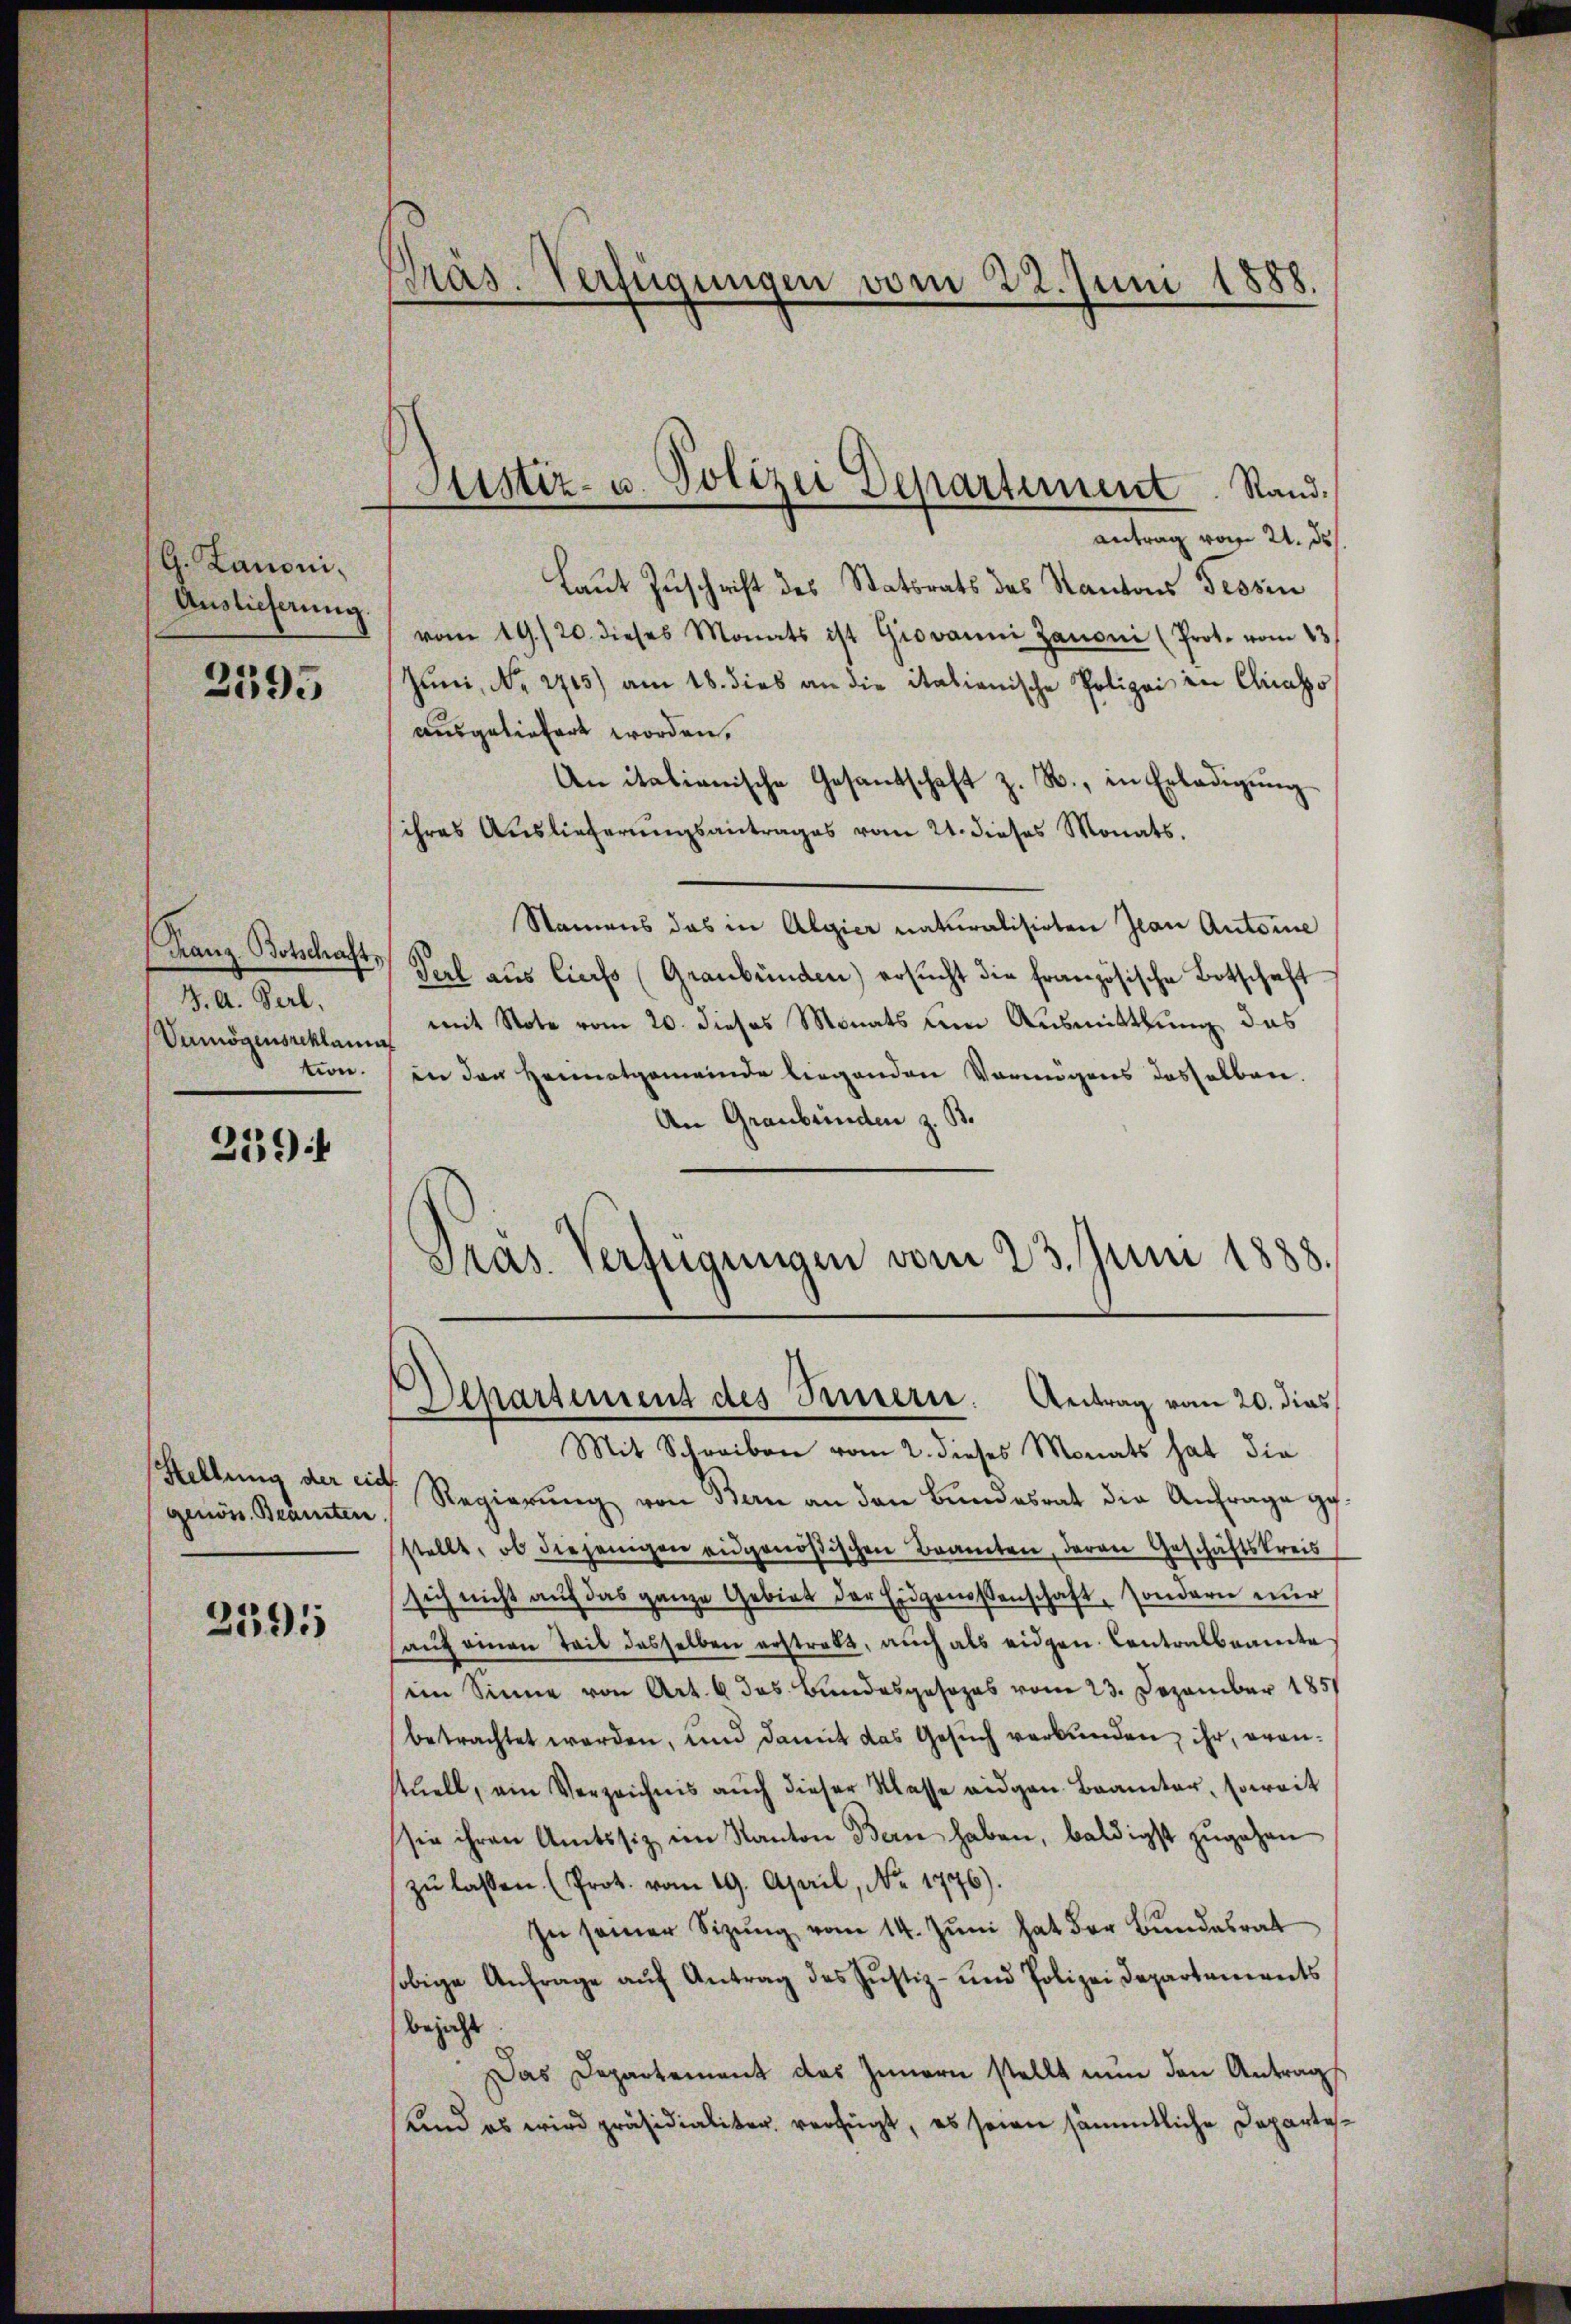
G. Lanoni¬
Auslieferung.

2595

Franz Botschaft,
J. A. Gerl.
Vumögensreklama
tion.

259 f

Stellung der eid
genöss. Beamten

2395

Präs. Verfügungen vom 22. Juni 1888.
e

Astiz- u. Polizei Departement. Rand.

antrag vom 21. d.
laut Zuschrift des Statsrats des Kantons Tessin
vom 19./20. dieses Monats ist Giovanni Zanoni (Prot. vom 13.
Juni, Nr. 2705) am 18. dies an die italienische Polizei in Chiasso
ausgeliefert worden.
An italienische Gesandschaft z. B., in Erledigŭng
ihres Auslieferungsantrages vom 24. dieses Monats.
Stainens das in Algier naturalisirten Jean Autorie
Perl aus liess (Graubünden) ersŭcht die französische Botschaft
mit Note vom 20. dieses Monats um Ausmittlung das
in den Heimatgemeinde liegenden Vermögens dasselben.
An Graubünden z. B.
Departement des Triern. Antrag vom 20. dies
Mit Schreiben vom 2. dieses Monats hat die
Regierŭng von Bern an den Bŭndesrat die Anfrage gestellt, ob diejenigen eidgenößischen Beamten, daran Geschäftskreis
sich nicht auf das ganze Gebiet der Eidgenossenschaft, sondern nur
aŭf einen Teil desselben erstrakt, auch als eidgen. Contralbeamte
im Sinne von Art. 6 das Bundesgesezes vom 23. Dezember 1851
betrachtet werden, und damit das Gesŭch verbunden, ihr, evenstuell, ein Verzeichnis auch dieser Klasse eidgen. Branter, soweit
sie ihren Amtssiz im Kanton Bern haben, baldigst zugehen
zŭ lassen. (Prot. vom 19. April, No. 1776).
In seiner Sizŭng vom 14. Jŭni hat der Bundesrat
sobige Anfrage aŭf Antrag des Justiz- und Polizei Departements
bejaht
Das Departement des Innern stellt nun den Antrags
und es wird präsidialiter verfügt, es seien sämmtliche Departe¬

Gras. Verfügungen vom 23. Juni 1888.